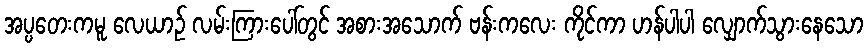
အပ္ပတေးကမူ လေယာဉ် လမ်းကြားပေါ်တွင် အစားအသောက် ဗန်းကလေး ကိုင်ကာ ဟန်ပါပါ လျှောက်သွားနေသော